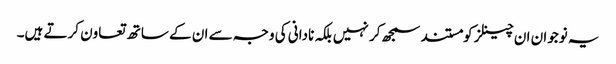
یہ نوجوان ان چینلز کومستند سمجھ کر نہیں بلکہ نادانی کی وجہ سے ان کے ساتھ تعاون کرتے ہیں۔